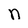
Character: n